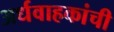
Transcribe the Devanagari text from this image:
अर्धवाहकांची